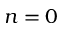
n = 0